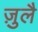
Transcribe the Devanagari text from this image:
ज़ुलै